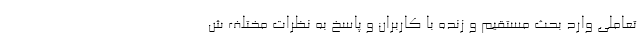
تعاملی وارد بحث مستقیم و زنده با کاربران و پاسخ به‌ نظرات مختلف ش